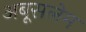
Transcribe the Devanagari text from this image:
अबूसलेम